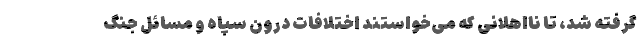
گرفته شد، تا نااهلانی که می‌خواستند اختلافات درون سپاه و مسائل جنگ